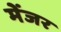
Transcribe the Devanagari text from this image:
मेंजर